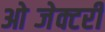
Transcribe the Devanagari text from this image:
ओब्जेक्टरी